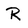
Character: R